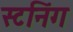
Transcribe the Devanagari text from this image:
स्टनिंग